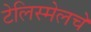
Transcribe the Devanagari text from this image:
टेलिस्मेलचे